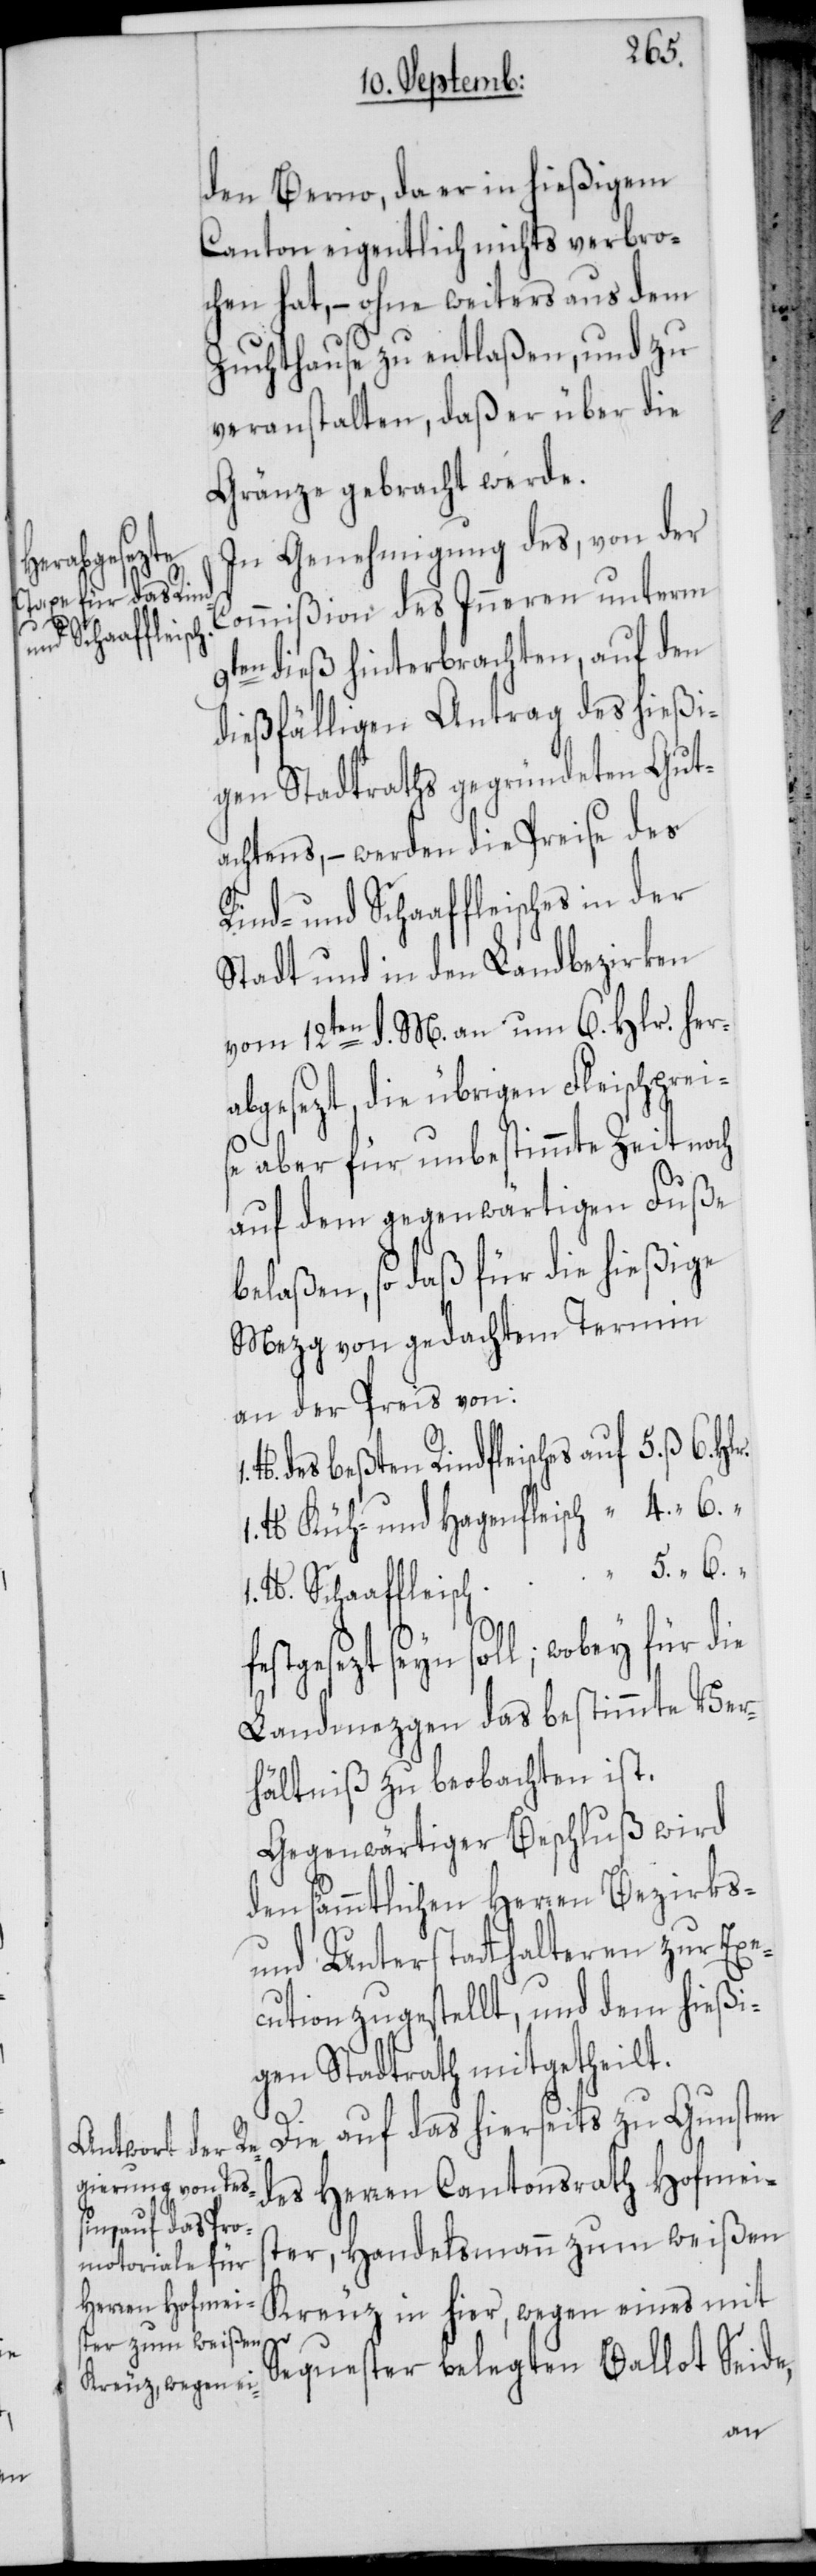
sches in der
fe¬
und Schaafflei¬

den Berno, da er in hießigem
Canton eigentlich nichts verbro¬
chen hat, – ohne weiters aus dem
Zuchthause zu entlaßen, und zu
veranstalten, daß er über die
Gränze gebracht werde.
In Genehmigung des, von der
Commißion des Inneren unterm
9ten dieß hinterbrachten, auf den
dießfälligen Antrag des hießi¬
gen Stadtraths gegründeten Gut¬
achtens, – werden die Preise des
Stadt und in den Landbezirken
vom 12ten d. M. an um 6. Hlr. her¬
abgesezt, die übrigen Fleischprei¬
se aber für unbestimmte Zeit noch
auf dem gegenwärtigen Fuße
belaßen, so daß für die hießige
Mezg von gedachtem Termin
an der Preis von:
b. des beßten Rindfleisches auf 5. ß 6.
1 lb. Küh- und Hagenfleisch “ 4. “ 6.
1 lb. Schaaffleisch “ 5. “ 6. “
stgesezt seyn soll; wobey für die
Landmezgen das bestimmte Ver¬
hältniß zu beobachten ist.
Gegenwärtiger Beschluß wird
den sämmtlichen Herren Bezirks-
und Unterstatthalteren zur Exe¬
cution zugestellt, und dem hießi¬
gen Stadtrath mitgetheilt.
Die auf das hierseits zu Gunsten
des Herren Cantonsrath Hofmeis¬
ter, Handelsmann zum weißen
Kreuz in hier, wegen eines mit
Sequester belegten Ballot Seide,